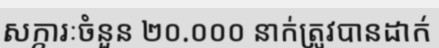
សក្ការៈចំនួន ២០.០០០ នាក់ត្រូវបានដាក់